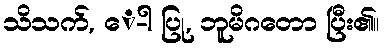
သိသက်, ေ-ါ ပြု, ဘူမိဂတော ပြီး၏။